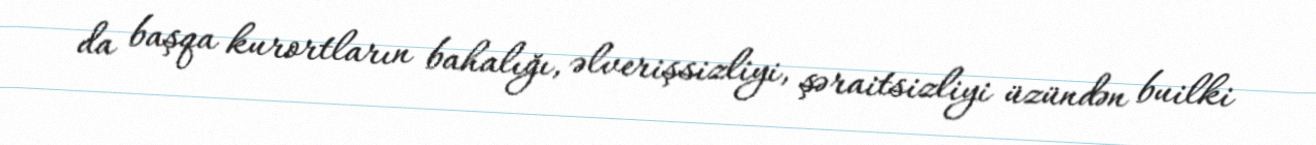
da başqa kurortların bahalığı, əlverişsizliyi, şəraitsizliyi üzündən builki